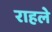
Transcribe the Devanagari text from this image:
राहले